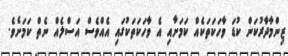
ޒިންމާދާރުކަން ކުޑަ ވާހަކަތަކެއް ކަމަށާއި އެ ވާހަކަތަކުގައި އެއްވެސް އަސްލެއް ނެތް ކަމަށެވެ.